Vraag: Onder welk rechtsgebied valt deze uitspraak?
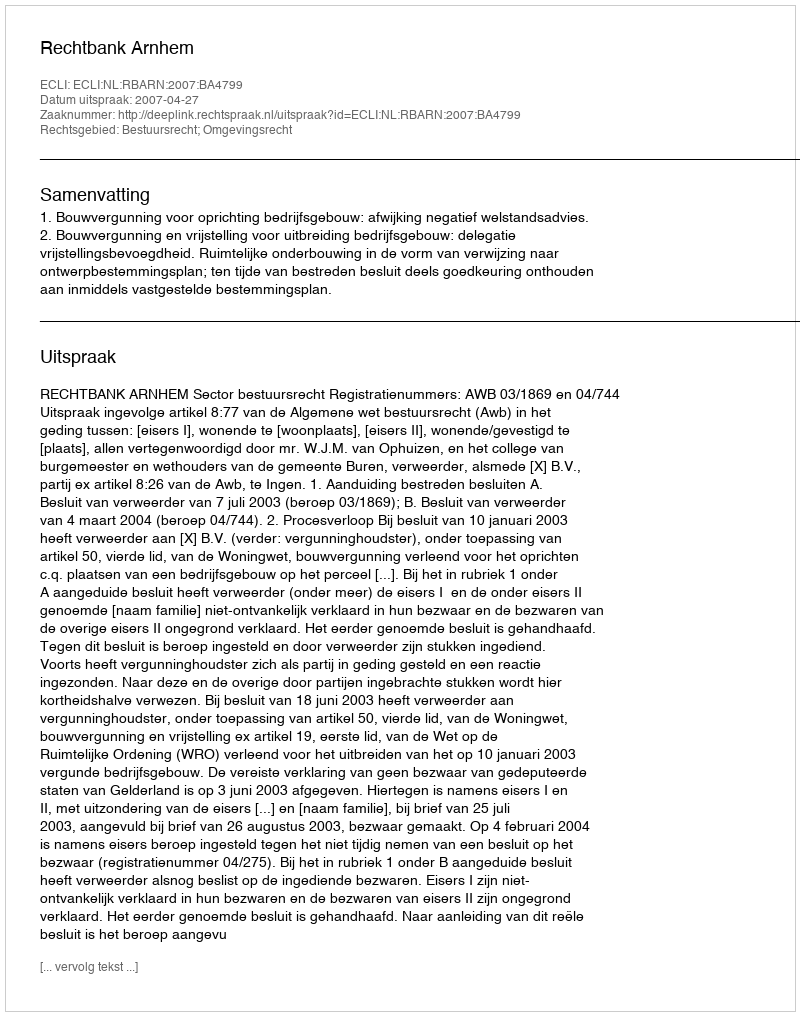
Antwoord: Bestuursrecht; Omgevingsrecht